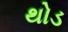
થોડ